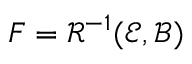
F = \mathcal { R } ^ { - 1 } ( \mathscr { E } , \mathscr { B } )